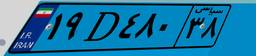
۱۹D۴۸۰۳۸